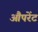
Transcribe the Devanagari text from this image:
औपरेंट